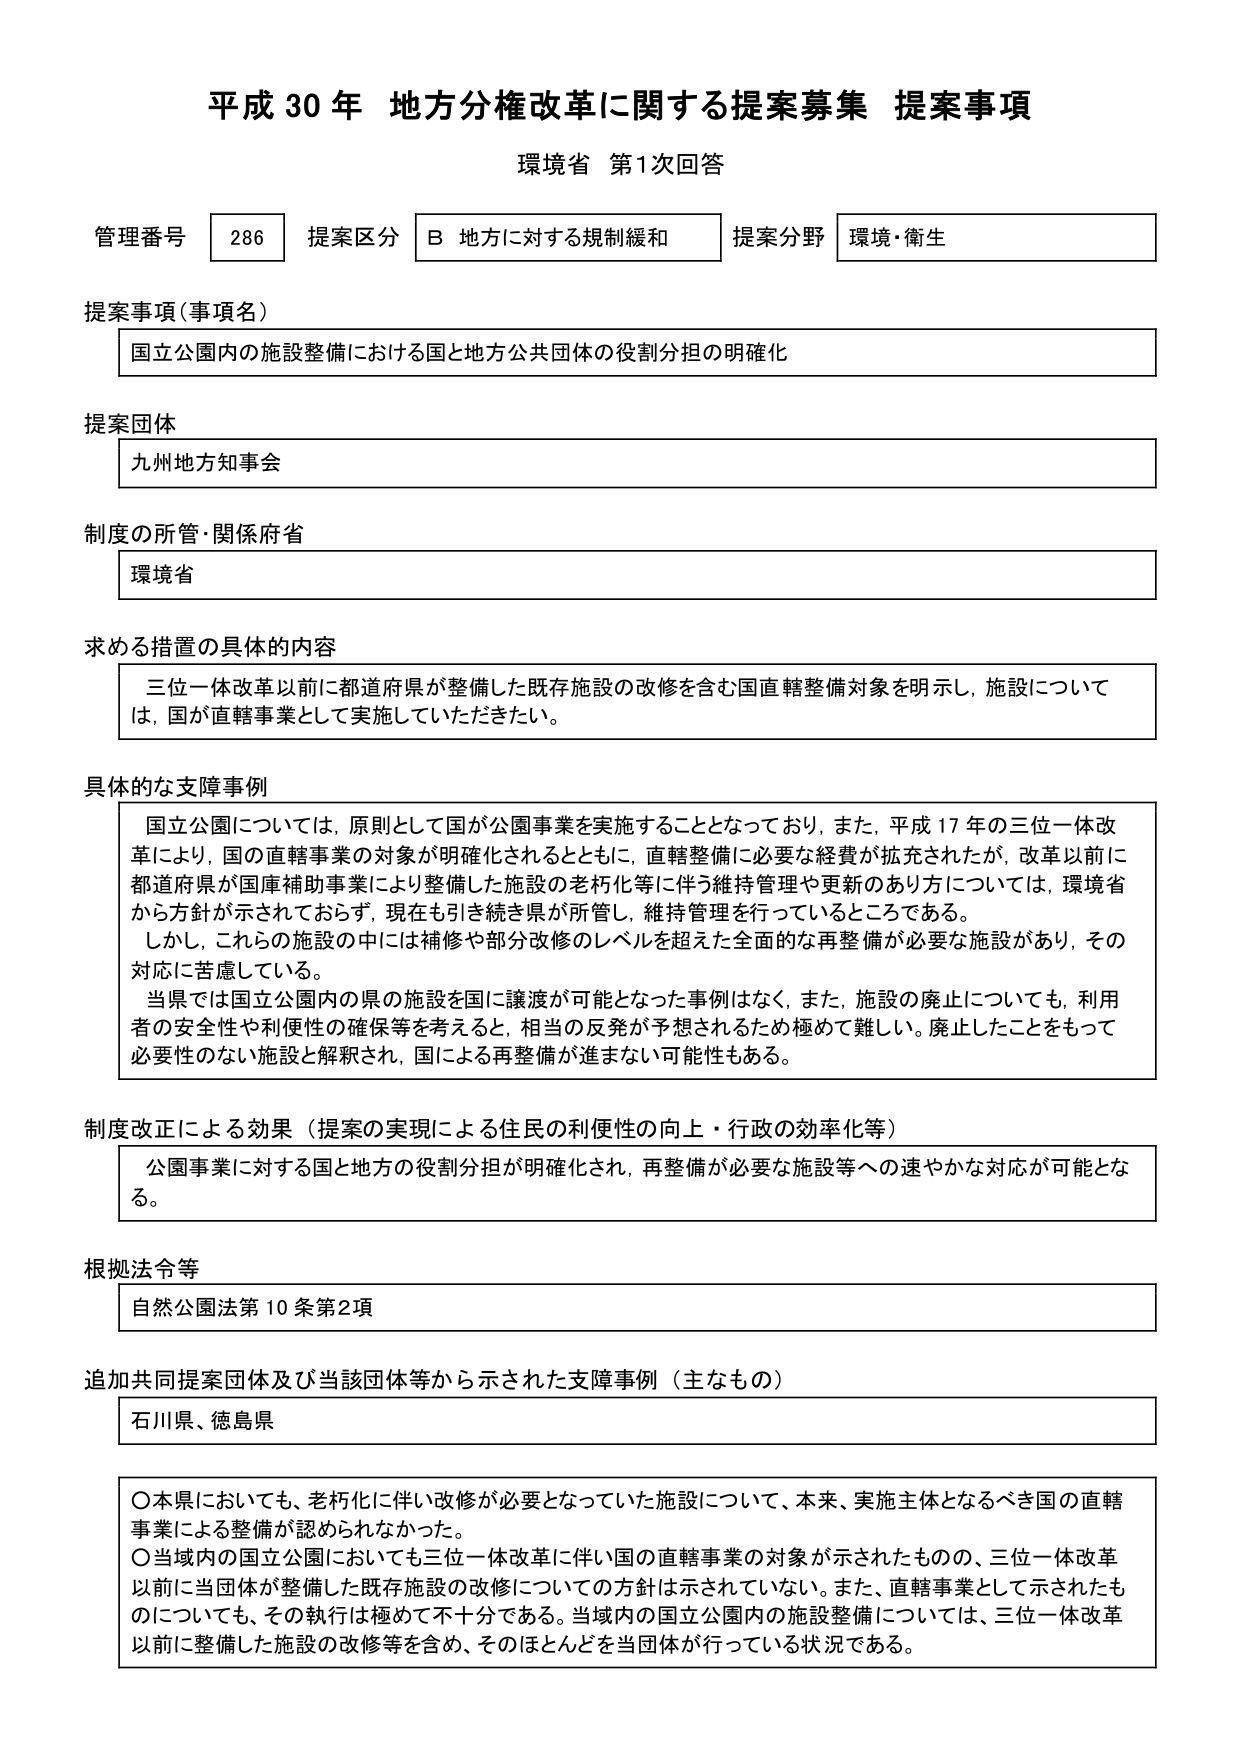
平成30年 地方分権改革に関する提案募集 提案事項
環境省 第1次回答

管理番号 286 提案区分 B 地方に対する規制緩和 提案分野 環境・衛生

提案事項（事項名）
国立公園内の施設整備における国と地方公共団体の役割分担の明確化

提案団体
九州地方知事会

制度の所管・関係府省
環境省

求める措置の具体的内容
三位一体改革以前に都道府県が整備した既存施設の改修を含む国直轄整備対象を明示し、施設については、国が直轄事業として実施していただきたい。

具体的な支障事例
国立公園については、原則として国が公園事業を実施することとなっており、また、平成17年の三位一体改革により、国の直轄事業の対象が明確化されるとともに、直轄整備に必要な経費が拡充されたが、改革以前に都道府県が国庫補助事業により整備した施設の老朽化等に伴う維持管理や更新のあり方については、環境省から方針が示されておらず、現在も引き続き県が所管し、維持管理を行っているところである。
しかし、これらの施設の中には補修や部分改修のレベルを超えた全面的な再整備が必要な施設があり、その対応に苦慮している。
当県では国立公園内の県の施設を国に譲渡が可能となった事例はなく、また、施設の廃止についても、利用者の安全性や利便性の確保等を考えると、相当の反発が予想されるため極めて難しい。廃止したことをもって必要性のない施設と解釈され、国による再整備が進まない可能性もある。

制度改正による効果（提案の実現による住民の利便性の向上・行政の効率化等）
公園事業に対する国と地方の役割分担が明確化され、再整備が必要な施設等への速やかな対応が可能となる。

根拠法令等
自然公園法第10条第2項

追加共同提案団体及び当該団体等から示された支障事例（主なもの）
石川県、徳島県

○本県においても、老朽化に伴い改修が必要となっていた施設について、本来、実施主体となるべき国の直轄事業による整備が認められなかった。
○当域内の国立公園においても三位一体改革に伴い国の直轄事業の対象が示されたものの、三位一体改革以前に当団体が整備した既存施設の改修についての方針は示されていない。また、直轄事業として示されたものについても、その執行は極めて不十分である。当域内の国立公園内の施設整備については、三位一体改革以前に整備した施設の改修等を含め、そのほとんどを当団体が行っている状況である。